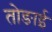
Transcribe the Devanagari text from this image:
तोङाई